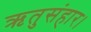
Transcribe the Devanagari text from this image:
ऋतुसंहार।